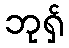
ဘုရှ်